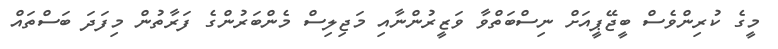
މީގެ ކުރިންވެސް ބީޖޭޕީއަށް ނިސްބަތްވާ ވަޒީރުންނާއި މަޖިލިސް މެންބަރުންގެ ފަރާތުން މިފަދަ ބަސްތައް